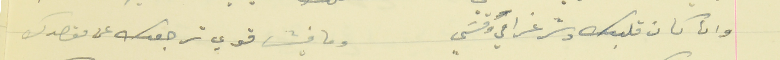
وان كان قلبك وسّر غرامي وقسَي                           وما فيش قوي ترجعك عن مقصدك